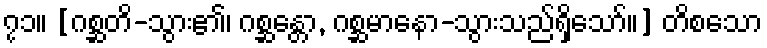
၇၁။ [ဂစ္ဆတိ-သွား၏၊ ဂစ္ဆန္တော, ဂစ္ဆမာနော-သွားသည်ရှိသော်။] တိစသော